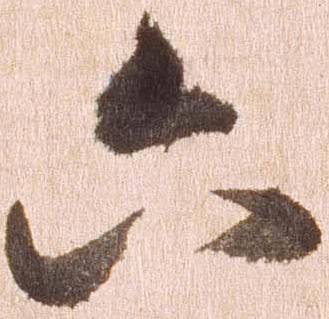
六